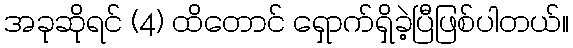
အခုဆိုရင် (4) ထိတောင် ရှောက်ရှိခဲ့ပြီဖြစ်ပါတယ်။